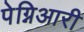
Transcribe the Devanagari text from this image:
पेग्निआरी